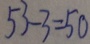
5 3 - 3 = 5 0